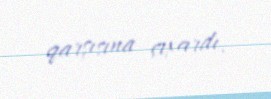
qarşısına çıxardı.